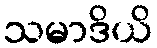
သမာဒိယိ